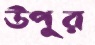
উপুর